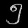
Digit: ၅